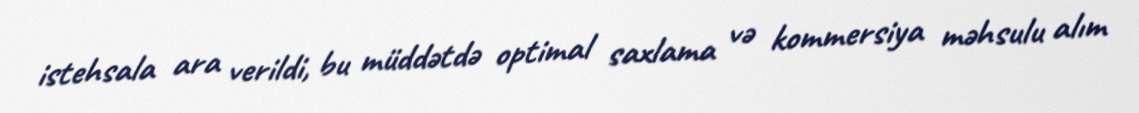
istehsala ara verildi, bu müddətdə optimal saxlama və kommersiya məhsulu alım